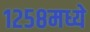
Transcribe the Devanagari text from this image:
१२५८मध्ये